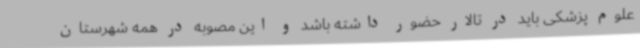
علوم پزشکی باید در تالار حضور داشته باشد و این مصوبه در همه شهرستان